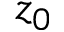
z _ { 0 }